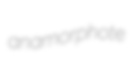
anamorphote